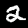
Label: 2